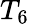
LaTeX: T_{6}